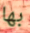
بها